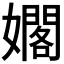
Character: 𪦫